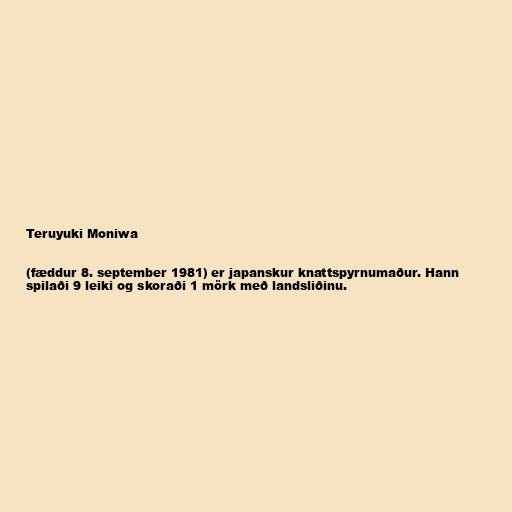
Teruyuki Moniwa

(fæddur 8. september 1981) er japanskur knattspyrnumaður. Hann
spilaði 9 leiki og skoraði 1 mörk með landsliðinu.